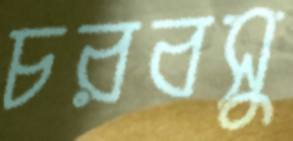
চরবসু